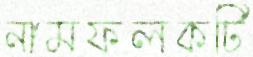
নামফলকটি